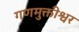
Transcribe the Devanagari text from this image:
गणमुक्तीश्वर